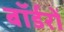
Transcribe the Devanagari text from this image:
बॉर्डरों